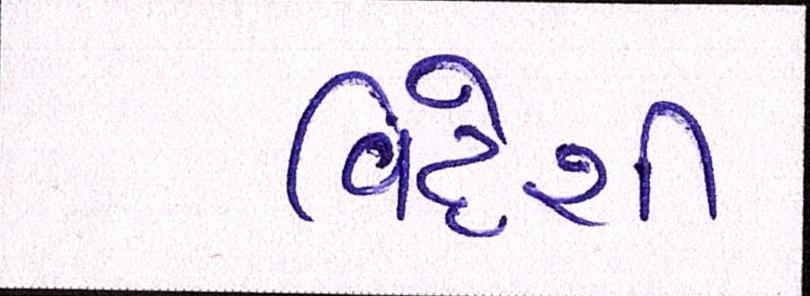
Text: વિદેશી